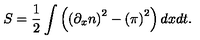
S = \frac 1 2 \int \left( \left( \partial _ { x } n \right) ^ { 2 } - \left( \pi \right) ^ { 2 } \right) d x d t .